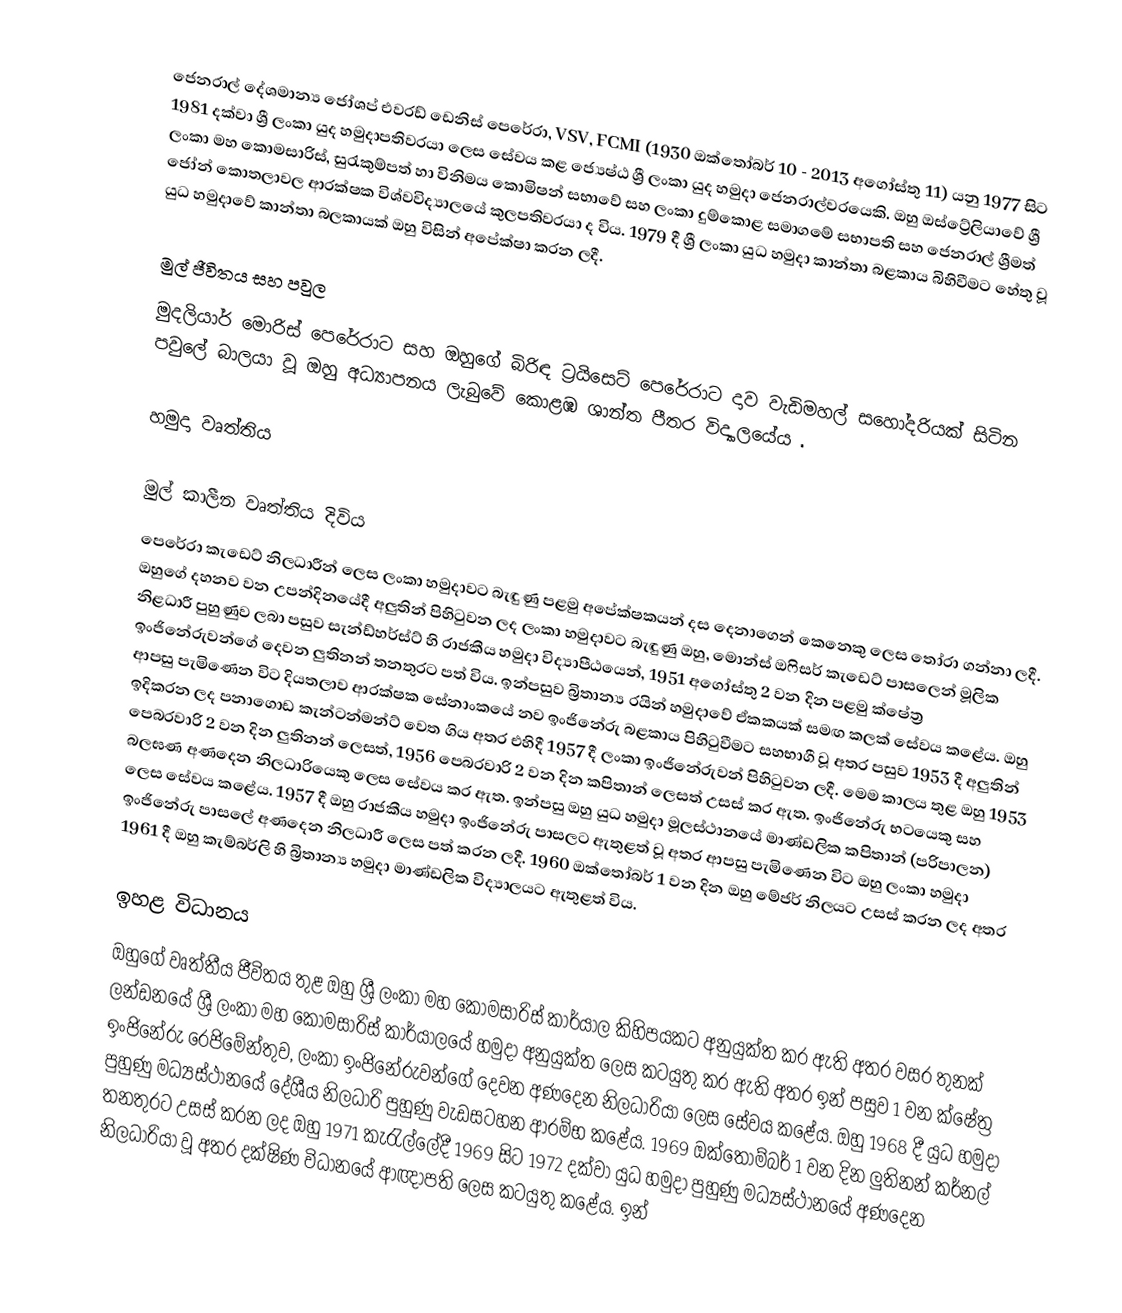
ජෙනරාල් දේශමාන්‍ය ජෝශප් එවරඩ් ඩෙනිස් පෙරේරා, VSV, FCMI (1930 ඔක්තෝබර් 10 - 2013 අගෝස්තු 11) යනු 1977 සිට 1981 දක්වා ශ්‍රී ලංකා යුද හමුදාපතිවරයා ලෙස සේවය කළ ජ්‍යෙෂ්ඨ ශ්‍රී ලංකා යුද හමුදා ජෙනරාල්වරයෙකි. ඔහු ඔස්ට්‍රේලියාවේ ශ්‍රී ලංකා මහ කොමසාරිස්, සුරැකුම්පත් හා විනිමය කොමිෂන් සභාවේ සහ ලංකා දුම්කොළ සමාගමේ සභාපති සහ ජෙනරාල් ශ්‍රීමත් ජෝන් කොතලාවල ආරක්ෂක විශ්වවිද්‍යාලයේ කුලපතිවරයා ද විය. 1979 දී ශ්‍රී ලංකා යුධ හමුදා කාන්තා බළකාය බිහිවීමට හේතු වූ යුධ හමුදාවේ කාන්තා බලකායක් ඔහු විසින් අපේක්ෂා කරන ලදී.

මුල් ජීවිතය සහ පවුල
මුදලියාර් මොරිස් පෙරේරාට සහ ඔහුගේ බිරිඳ ට්‍රයිසෙට් පෙරේරාට දාව වැඩිමහල් සහෝදරියක් සිටින පවුලේ බාලයා වූ ඔහු අධ්‍යාපනය ලැබුවේ කොළඹ ශාන්ත පීතර විද්‍යාලයේය .

හමුදා වෘත්තිය

මුල් කාලීන වෘත්තිය දිවිය
පෙරේරා කැඩෙට් නිලධාරීන් ලෙස ලංකා හමුදාවට බැඳුණු පළමු අපේක්ෂකයන් දස දෙනාගෙන් කෙනෙකු ලෙස තෝරා ගන්නා ලදී. ඔහුගේ දහනව වන උපන්දිනයේදී අලුතින් පිහිටුවන ලද ලංකා හමුදාවට බැඳුණු ඔහු, මොන්ස් ඔෆිසර් කැඩෙට් පාසලෙන් මූලික නිළධාරී පුහුණුව ලබා පසුව සැන්ඩ්හර්ස්ට් හි රාජකීය හමුදා විද්‍යාපීඨයෙන්, 1951 අගෝස්තු 2 වන දින පළමු ක්ෂේත්‍ර ඉංජිනේරුවන්ගේ දෙවන ලුතිනන් තනතුරට පත් විය. ඉන්පසුව බ්‍රිතාන්‍ය රයින් හමුදාවේ ඒකකයක් සමඟ කලක් සේවය කළේය. ඔහු ආපසු පැමිණෙන විට දියතලාව ආරක්ෂක සේනාංකයේ නව ඉංජිනේරු බළකාය පිහිටුවීමට සහභාගී වූ අතර පසුව 1953 දී අලුතින් ඉදිකරන ලද පනාගොඩ කැන්ටන්මන්ට් වෙත ගිය අතර එහිදී 1957 දී ලංකා ඉංජිනේරුවන් පිහිටුවන ලදී. මෙම කාලය තුළ ඔහු 1953 පෙබරවාරි 2 වන දින ලුතිනන් ලෙසත්, 1956 පෙබරවාරි 2 වන දින කපිතාන් ලෙසත් උසස් කර ඇත. ඉංජිනේරු භටයෙකු සහ බලඝණ අණදෙන නිලධාරියෙකු ලෙස සේවය කර ඇත. ඉන්පසු ඔහු යුධ හමුදා මූලස්ථානයේ මාණ්ඩලික කපිතාන් (පරිපාලන) ලෙස සේවය කළේය. 1957 දී ඔහු රාජකීය හමුදා ඉංජිනේරු පාසලට ඇතුළත් වූ අතර ආපසු පැමිණෙන විට ඔහු ලංකා හමුදා ඉංජිනේරු පාසලේ අණදෙන නිලධාරී ලෙස පත් කරන ලදී. 1960 ඔක්තෝබර් 1 වන දින ඔහු මේජර් නිලයට උසස් කරන ලද අතර 1961 දී ඔහු කැම්බර්ලි හි බ්‍රිතාන්‍ය හමුදා මාණ්ඩලික විද්‍යාලයට ඇතුළත් විය.

ඉහළ විධානය
ඔහුගේ වෘත්තීය ජීවිතය තුළ ඔහු ශ්‍රී ලංකා මහ කොමසාරිස් කාර්යාල කිහිපයකට අනුයුක්ත කර ඇති අතර වසර තුනක් ලන්ඩනයේ ශ්‍රී ලංකා මහ කොමසාරිස් කාර්යාලයේ හමුදා අනුයුක්ත ලෙස කටයුතු කර ඇති අතර ඉන් පසුව 1 වන ක්ෂේත්‍ර ඉංජිනේරු රෙජිමේන්තුව, ලංකා ඉංජිනේරුවන්ගේ දෙවන අණදෙන නිලධාරියා ලෙස සේවය කළේය. ඔහු 1968 දී යුධ හමුදා පුහුණු මධ්‍යස්ථානයේ දේශීය නිලධාරි පුහුණු වැඩසටහන ආරම්භ කළේය. 1969 ඔක්තෝම්බර් 1 වන දින ලුතිනන් කර්නල් තනතුරට උසස් කරන ලද ඔහු 1971 කැරැල්ලේදී 1969 සිට 1972 දක්වා යුධ හමුදා පුහුණු මධ්‍යස්ථානයේ අණදෙන නිලධාරියා වූ අතර දක්ෂිණ විධානයේ ආඥාපති ලෙස කටයුතු කළේය. ඉන්